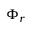
\Phi _ { r }